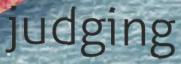
judging